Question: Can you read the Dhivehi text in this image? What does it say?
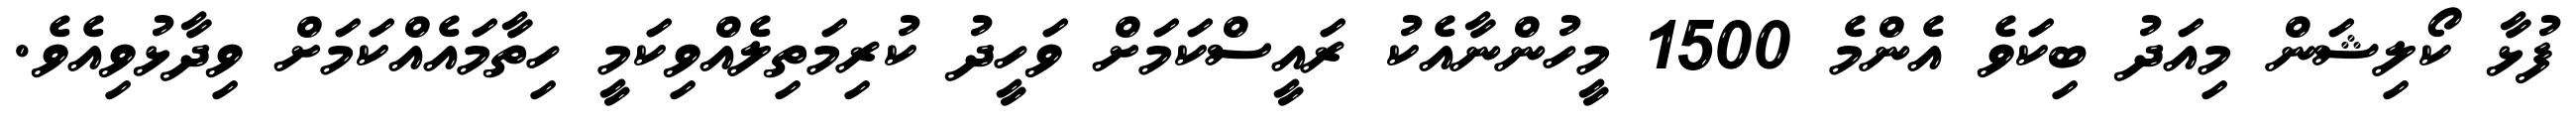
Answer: ފުޅާ ކޯލިޝަން މިއަދު ބިކަވެ އެންމެ 1500 މީހުންނާއެކު ރައީސްކަމަށް ވަހީދު ކުރިމަތިލެއްވިކަމީ ހިތާމައެއްކަމަށް ވިދާޅުވިއެވެ.